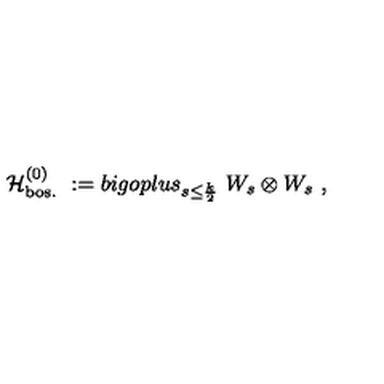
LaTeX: { \mathcal H } _ { \mathrm { b o s . } } ^ { ( 0 ) } \ : = b i g o p l u s _ { s \leq \frac k 2 } \ W _ { s } \otimes W _ { s } \ ,